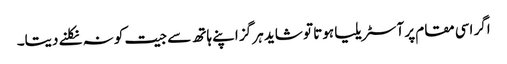
اگر اسی مقام پر آسٹریلیا ہوتا تو شاید ہر گز اپنے ہاتھ سے جیت کو نہ نکلنے دیتا۔